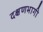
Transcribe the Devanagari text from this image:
दक्षणभागी